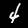
Digit: 4